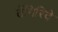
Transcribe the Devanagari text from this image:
तेंगिरिदे